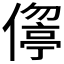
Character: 𠏦